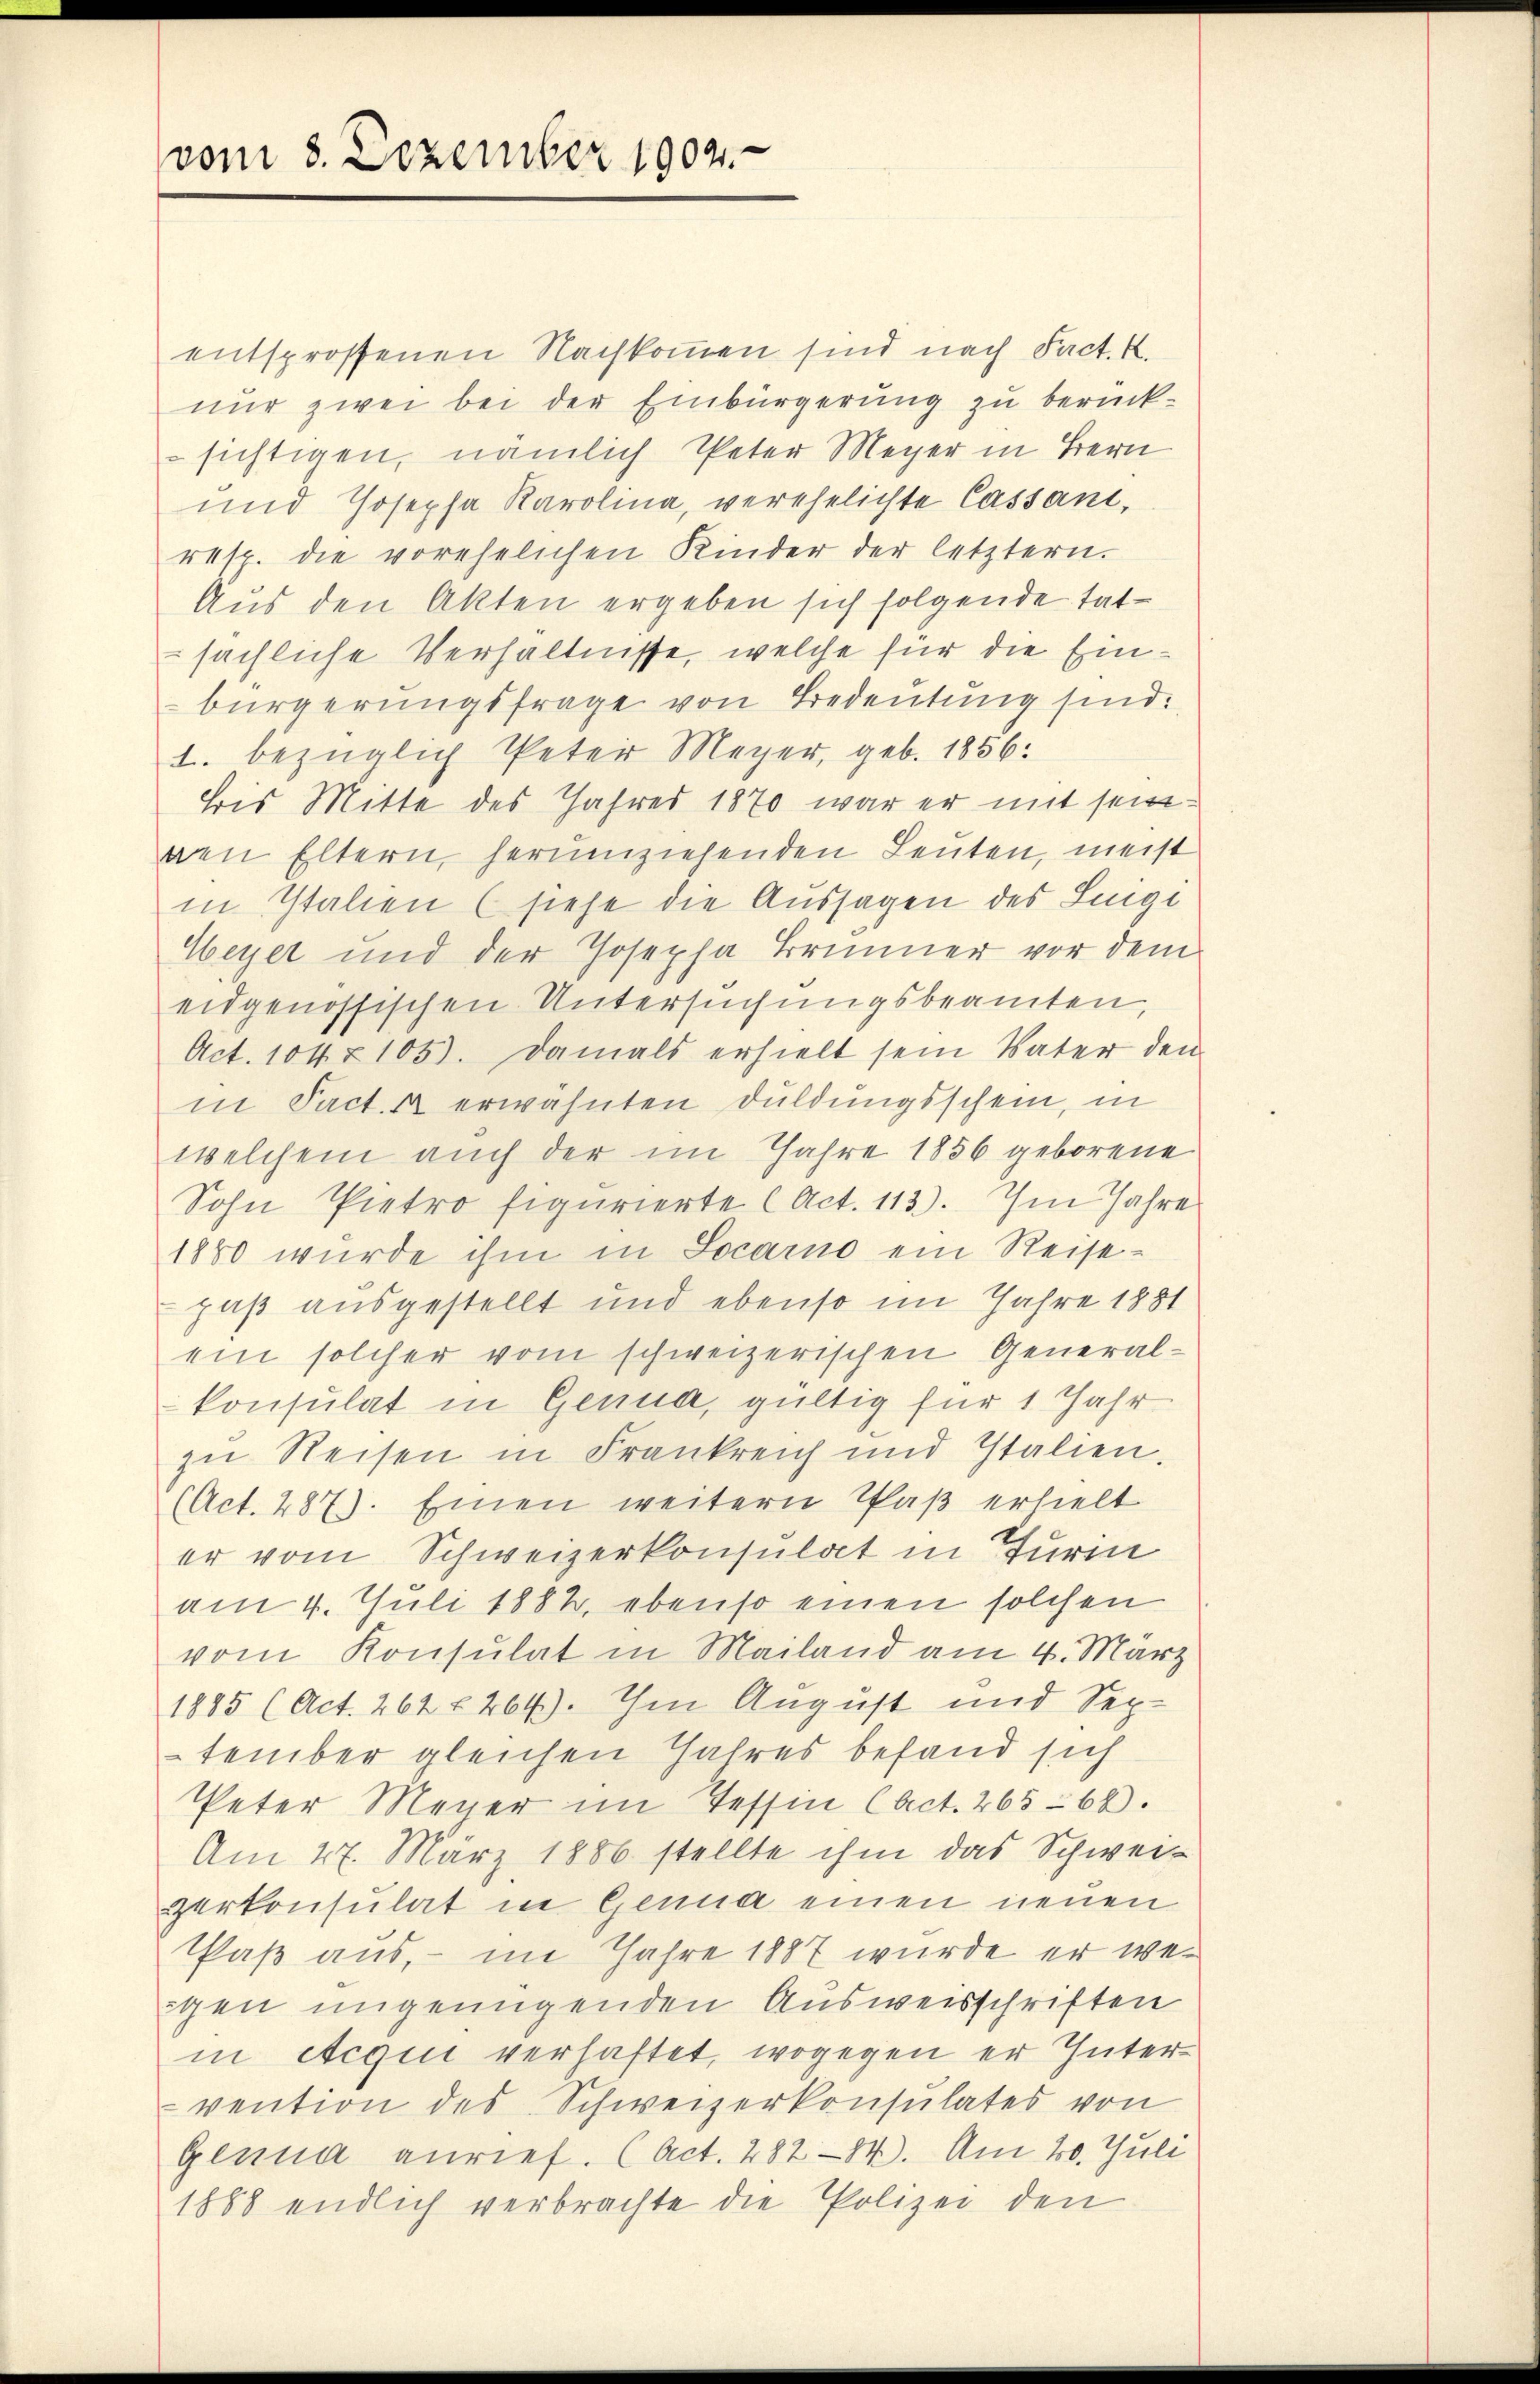
vom 8. Dezember 1904.

entsprossenen Nachkommen sind nach Fact. K.
nur zwei bei der Einbürgerung zu berücksichtigen, nämlich Peter Meyer in Bern
und Josepha Karolina, verehelichte Cassani,
resp. die vorehelichen Kinder der letztern.
Aus den Akten ergeben sich folgende tat-
sächliche Verhältnisse, welche für die Einbürgerungsfrage von Bedeutung sind.
1. bezüglich Peter Meyer, geb. 1856:
bis Mitte des Jahres 1870 war er mit seingen Eltern, herumziehenden Leuten, meist
in Italien (siehe die Aussagen des Lunge
Weyer und der Josepha Brunner vor dem
eidgenössischen Untersuchungsbeamten,
Act. 104 § 105). Damals erhielt sein Vater den
in Fact. A erwähnten Duldungsschein, in
welchem auch der im Jahre 1856 geborene
Sohn Pietro figurierte (Act. 113). Im Jahre
1880 wurde ihm in Locarno ein Reisepaß ausgestellt und ebenso im Jahre 1881
ein solcher vom schweizerischen Generalkonsulat in Genua, gültig für 1 Jahr
zu Reisen in Frankreich und Italien,
(Act. 287). Einen weitern Paß erhielt
er vom Schweizerkonsulat in Turin
am 4. Juli 1882, ebenso einen solchen
vom Konsulat in Mailand am 4. März
1885 (Act. 262 f. 264). Im August und September gleichen Jahres befand sich
Peter Meyer im Tessin Cact. 265-68.
Am 27. März 1886 stellte ihm das Schweiperkonsulat in Genua einen neuen
Paß aus, - im Jahre 1887 wurde er weigen ungenügenden Ausweisschriften
in etcqiii verhaftet, wogegen er Inter
vention des Schweizerkonsulates von
Genua anrief. (Act. 282 - 14. Am 20. Juli
1888 endlich verbrachte die Polizei den